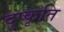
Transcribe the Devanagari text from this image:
दुष्कृति